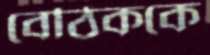
বেঠিককে